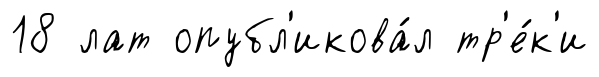
18 лат опубл'икова́л тр'е́к'и